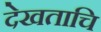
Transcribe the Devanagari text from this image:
देखताचि